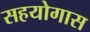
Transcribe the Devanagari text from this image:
सहयोगास